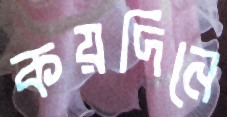
কয়দিনে